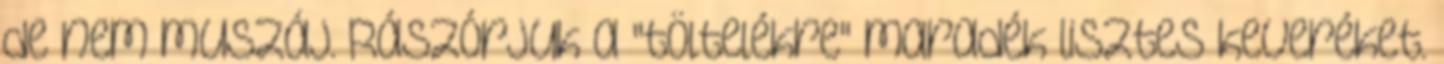
de nem muszáj. Rászórjuk a "töltelékre" maradék lisztes keveréket.